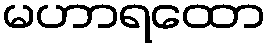
မဟာရထော